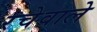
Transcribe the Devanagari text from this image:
रचेवाले